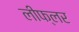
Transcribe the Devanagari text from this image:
लीफ्लर